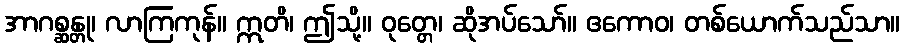
အာဂစ္ဆန္တု၊ လာကြကုန်။ ဣတိ၊ ဤသို့။ ဝုတ္တေ၊ ဆိုအပ်သော်။ ဧကောဝ၊ တစ်ယောက်သည်သာ။